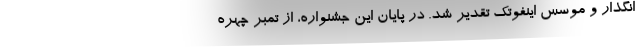
انگذار و موسس اینفوتک تقدیر شد. در پایان این جشنواره، از تمبر چهره